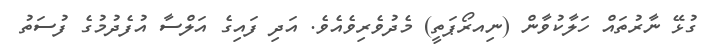
ގުޅޭ ނާރުތައް ހަލާކުވާން (ނިއރޯޕަތީ) މެދުވެރިވެއެވެ. އަދި ފައިގެ އަލްސާ އުފެދުމުގެ ފުސަތު